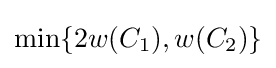
\min\{2w(C_{1}),w(C_{2})\}